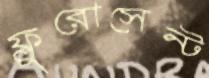
ফ্লুরোসেন্ট